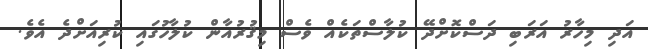
އަދި މިހާރު އަރަބި ދަސްކޮށްދޭ ކުލާސްތަކެއް ވެސް މިޤުރުއާން ކުލާހުގައި ކުރިއަށްދެ އެވެ.